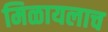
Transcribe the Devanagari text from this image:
मिळायलाच